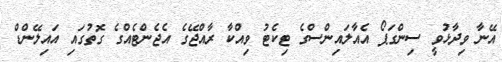
އޭނާ ވިދާޅުވީ ސިންގަޕޯ އެއާލައިންސްގެ ޓިކެޓު ވިއްކާ ރާއްޖޭގެ އެޖެންޓެއްގެ ގޮތުގައި އައިލޭންޑް